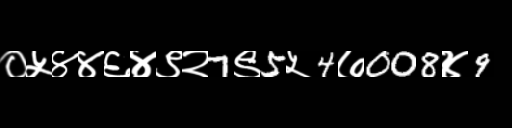
Text: ०५४४६४९२7९5५4७008४9